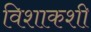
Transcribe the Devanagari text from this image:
विशाकशी